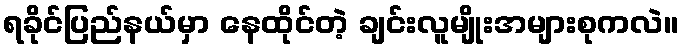
ရခိုင်ပြည်နယ်မှာ နေထိုင်တဲ့ ချင်းလူမျိုးအများစုကလဲ။